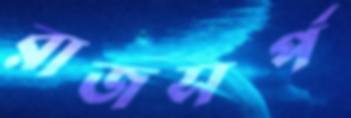
রাজসর্প